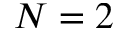
N = 2